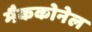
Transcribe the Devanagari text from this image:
मैककोनेल